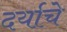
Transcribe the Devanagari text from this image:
दर्याचे